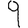
Digit: 9